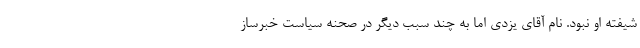
شیفته او نبود. نام آقای یزدی اما به چند سبب دیگر در صحنه سیاست خبرساز